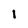
Character: i